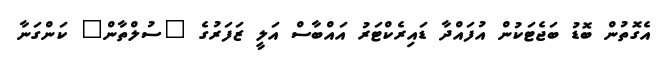
އެގޮތުން ބޮޑު ބަޖެޓަކުން އުފައްދާ ޑައިރެކްޓަރު އައްބާސް އަލީ ޒަފަރުގެ "ސުލްތާން" ކަންގަނާ